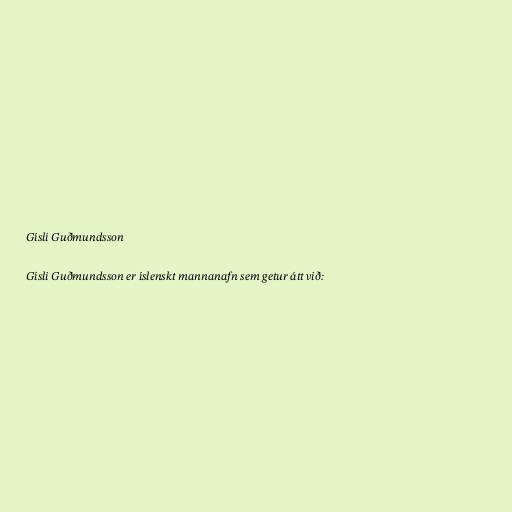
Gísli Guðmundsson

Gísli Guðmundsson er íslenskt mannanafn sem getur átt við: